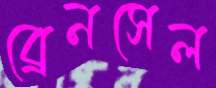
ব্রেনসেল